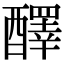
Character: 醳